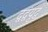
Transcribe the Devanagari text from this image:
द्वद्वंयुद्ध